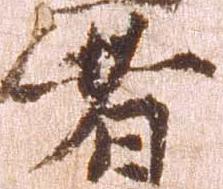
者